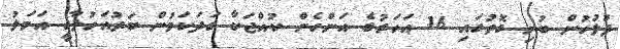
ފުލުހުން ބުނި ގޮތުގައި 16 އަހަރުގެ އަންހެން ކުއްޖަކާ ގަދަކަމުން ބަދުއަހުލާގީ އަމަލު